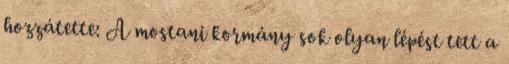
hozzátette: A mostani kormány sok olyan lépést tett a